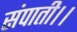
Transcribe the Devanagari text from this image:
संपाती।।